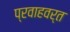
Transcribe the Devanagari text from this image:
प्रवाहवर्त